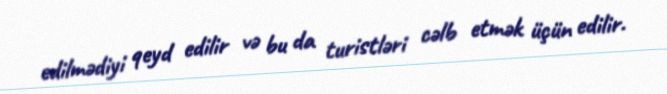
edilmədiyi qeyd edilir və bu da turistləri cəlb etmək üçün edilir.